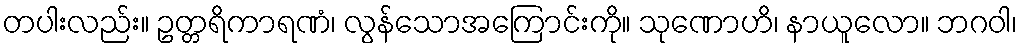
တပါးလည်း။ ဥတ္တရိကာရဏံ၊ လွန်သောအကြောင်းကို။ သုဏောဟိ၊ နာယူလော။ ဘဂဝါ၊